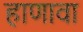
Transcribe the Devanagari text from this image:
हाणावा